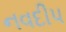
નવદીપ